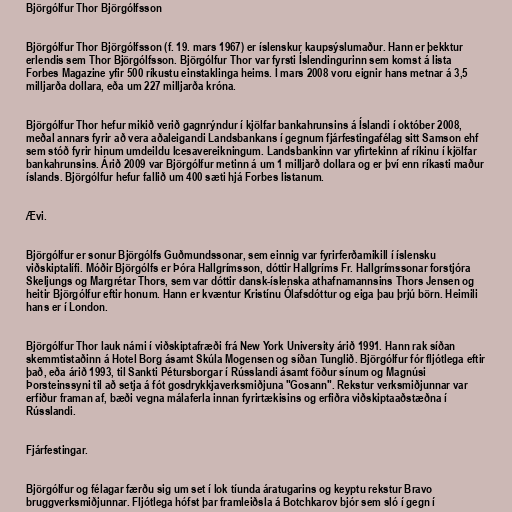
Björgólfur Thor Björgólfsson

Björgólfur Thor Björgólfsson (f. 19. mars 1967) er íslenskur kaupsýslumaður. Hann er þekktur
erlendis sem Thor Björgólfsson. Björgólfur Thor var fyrsti Íslendingurinn sem komst á lista
Forbes Magazine yfir 500 ríkustu einstaklinga heims. Í mars 2008 voru eignir hans metnar á 3,5
milljarða dollara, eða um 227 milljarða króna.

Björgólfur Thor hefur mikið verið gagnrýndur í kjölfar bankahrunsins á Íslandi í október 2008,
meðal annars fyrir að vera aðaleigandi Landsbankans í gegnum fjárfestingafélag sitt Samson ehf
sem stóð fyrir hinum umdeildu Icesavereikningum. Landsbankinn var yfirtekinn af ríkinu í kjölfar
bankahrunsins. Árið 2009 var Björgólfur metinn á um 1 milljarð dollara og er því enn ríkasti maður
íslands. Björgólfur hefur fallið um 400 sæti hjá Forbes listanum.

Ævi.

Björgólfur er sonur Björgólfs Guðmundssonar, sem einnig var fyrirferðamikill í íslensku
viðskiptalífi. Móðir Björgólfs er Þóra Hallgrímsson, dóttir Hallgríms Fr. Hallgrímssonar forstjóra
Skeljungs og Margrétar Thors, sem var dóttir dansk-íslenska athafnamannsins Thors Jensen og
heitir Björgólfur eftir honum. Hann er kvæntur Kristínu Ólafsdóttur og eiga þau þrjú börn. Heimili
hans er í London.

Björgólfur Thor lauk námi í viðskiptafræði frá New York University árið 1991. Hann rak síðan
skemmtistaðinn á Hotel Borg ásamt Skúla Mogensen og síðan Tunglið. Björgólfur fór fljótlega eftir
það, eða árið 1993, til Sankti Pétursborgar í Rússlandi ásamt föður sínum og Magnúsi
Þorsteinssyni til að setja á fót gosdrykkjaverksmiðjuna "Gosann". Rekstur verksmiðjunnar var
erfiður framan af, bæði vegna málaferla innan fyrirtækisins og erfiðra viðskiptaaðstæðna í
Rússlandi.

Fjárfestingar.

Björgólfur og félagar færðu sig um set í lok tíunda áratugarins og keyptu rekstur Bravo
bruggverksmiðjunnar. Fljótlega hófst þar framleiðsla á Botchkarov bjór sem sló í gegn í